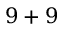
9 + 9